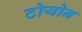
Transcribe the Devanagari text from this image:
टोयोन